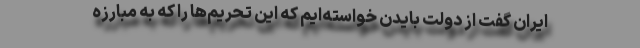
ایران گفت از دولت بایدن خواسته‌ایم که این تحریم‌ها را که به مبارزه